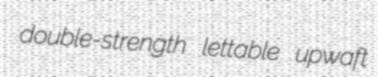
double-strength lettable upwaft